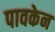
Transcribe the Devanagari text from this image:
पावकेन